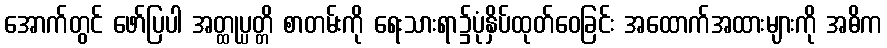
အောက်တွင် ဖော်ပြပါ အတ္ထုပ္ပတ္တိ စာတမ်းကို ရေးသားရာ၌ပုံနှိပ်ထုတ်ဝေခြင်း အထောက်အထားများကို အဓိက